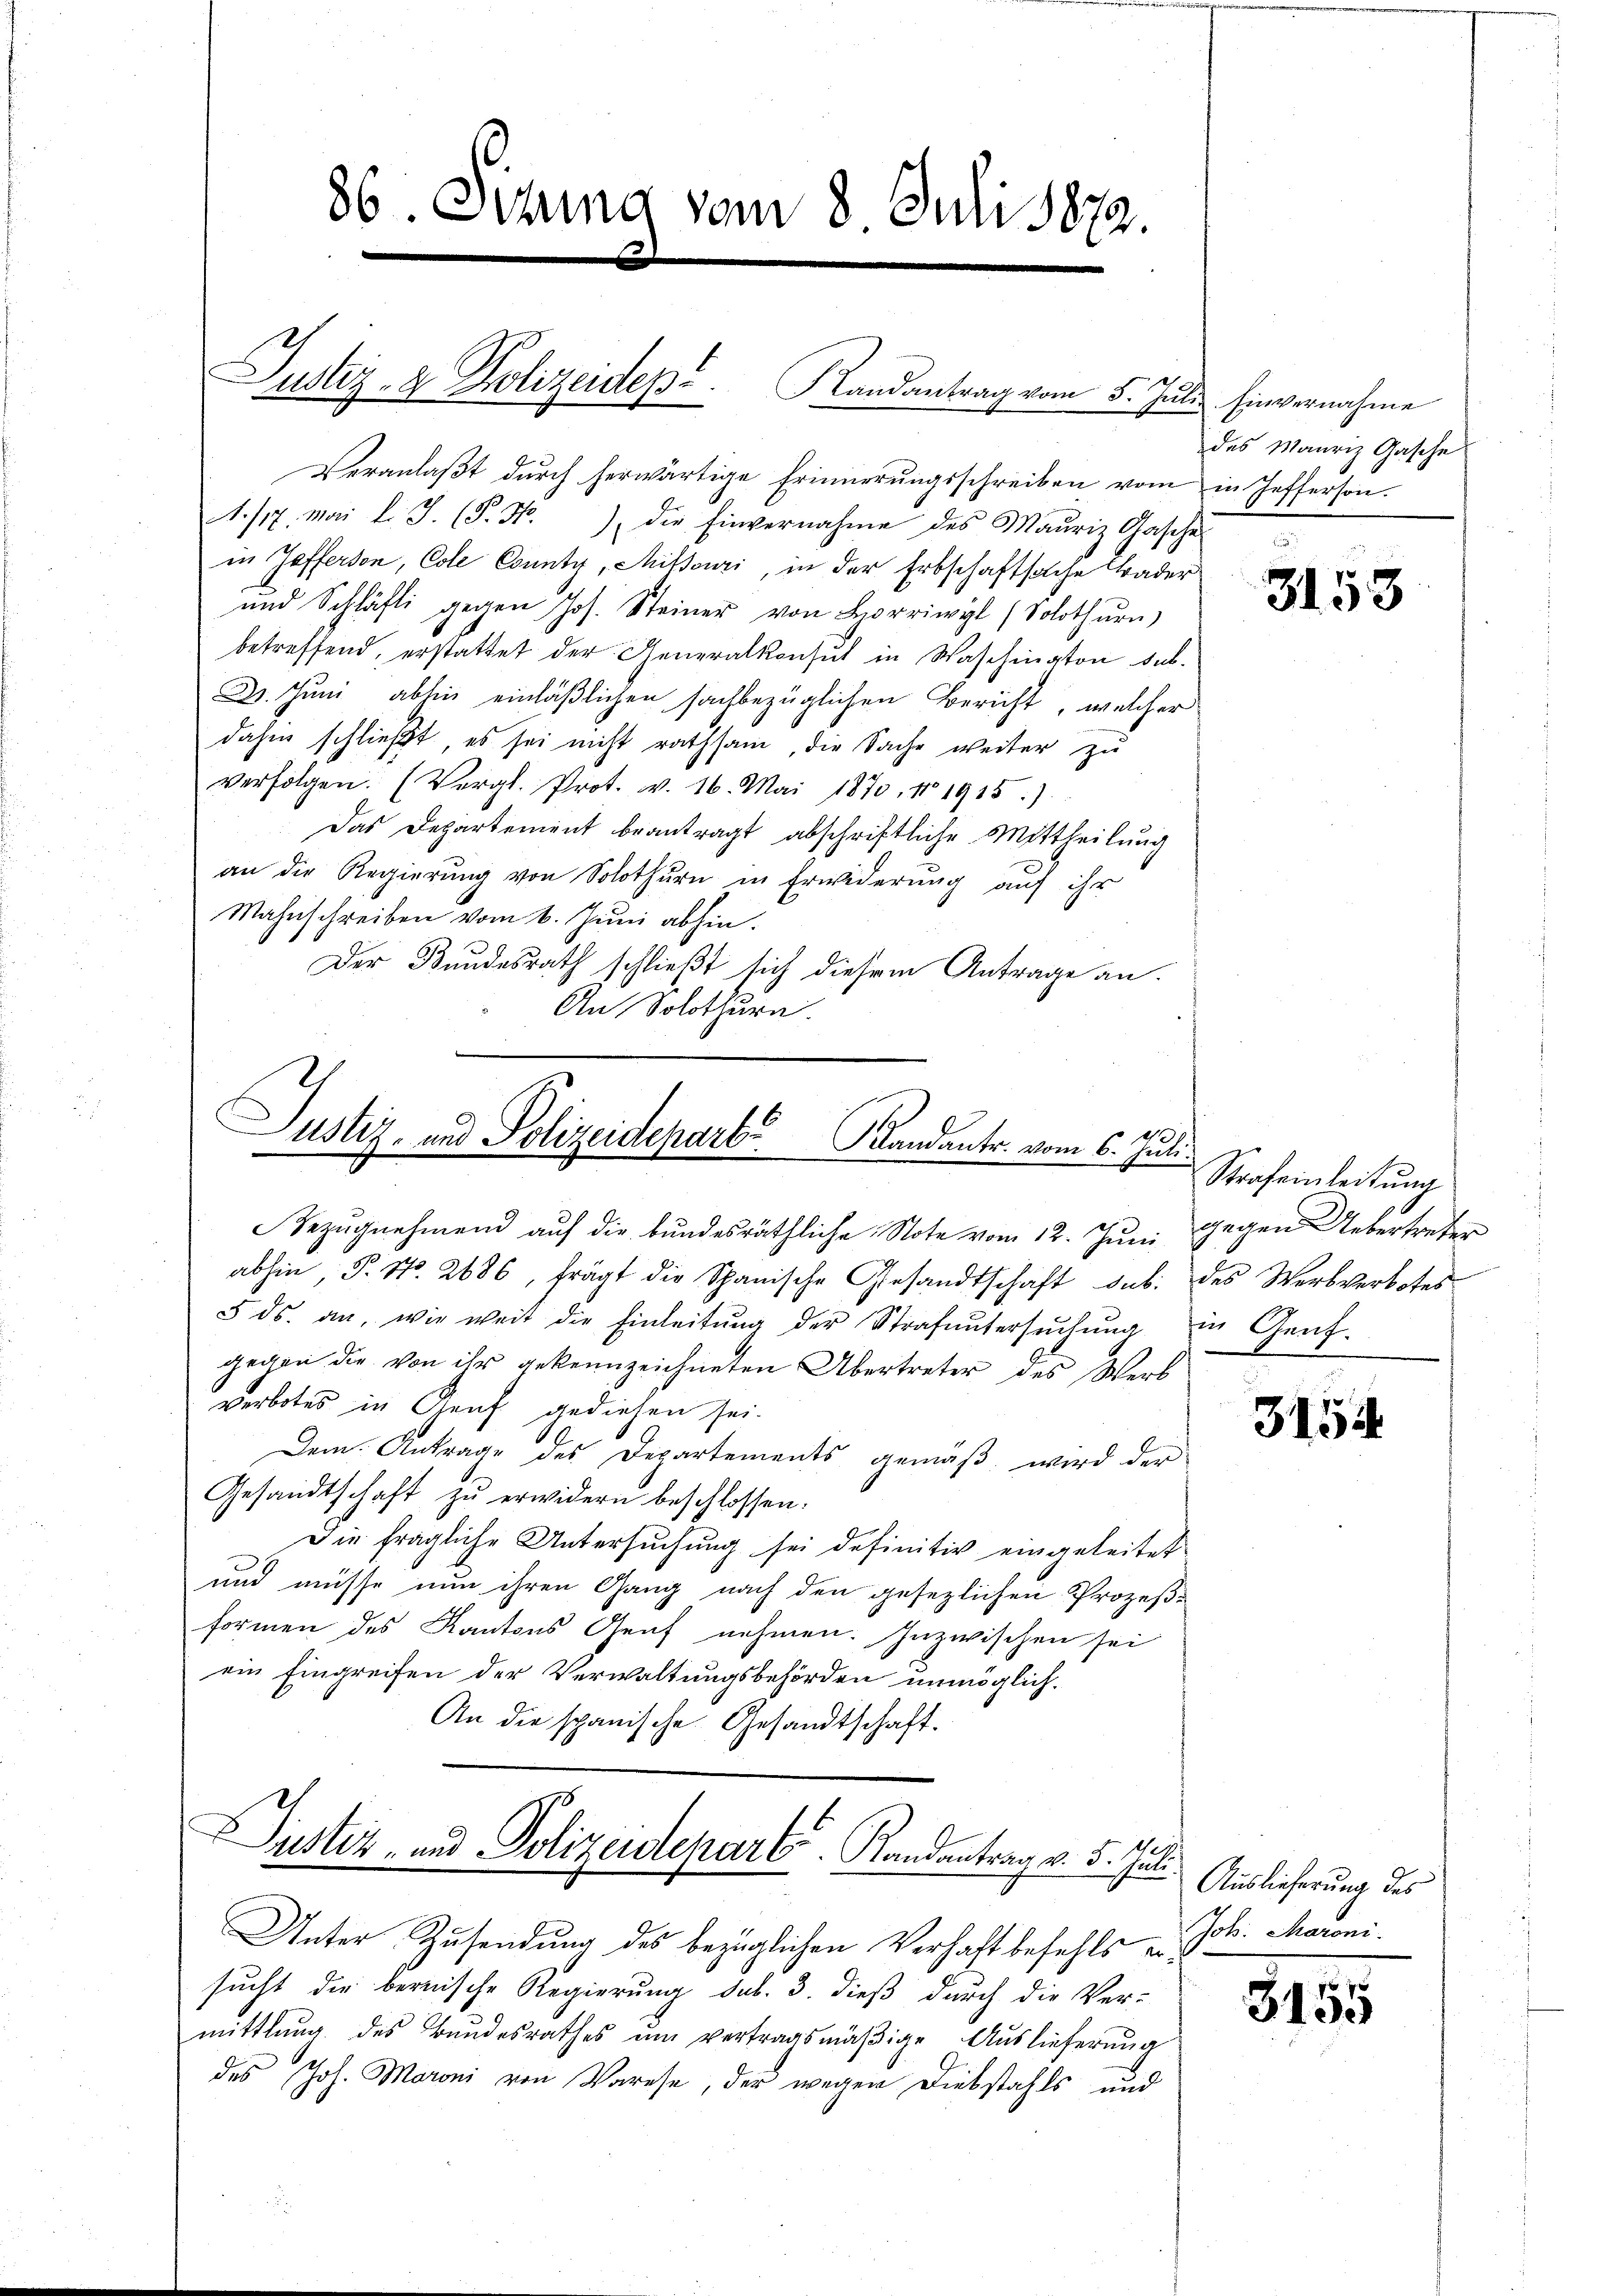
Justiz- & Polizeidep. Randantrag vom 5. Jŭli Einvernahme

86. Sizung vom 8. Juli 1872.

Veranlaßt durch herwärtige Erinnerungsschreiben vom in Jefferson.
1./17. Mai l. J. (T. 4.) die Einvernahme des Mauriz Gasche
in Jefferson, Cole County, Mitsouri, in der Erbschaft solche Bader
und Schläfti gegen Jos. Steiner von Lorrwyl (Solothŭrn)
betreffend, erstattet der Generalkonsul in Waschington sub.
2. Juni abhin einläßlichen sachbezüglichen Bericht, welcher
dahin schließt, es sei nicht rathsam, die Sache weiter zu
verfolgen. (Vergl. Prot. v. 16. Mai 1870, 18 1915.)
Das Departement beantragt abschriftliche Mittheilung
an die Regierung von Solothurn in Erwiderung auf ihr
Mahnschreiben vom 6. Juni abhin.
Der Bundesrath schließt sich diesem Antrage an.
An Solothurn.

Justiz- und Polizeidepart. Bandantr. vom 6. Juli.

Bezŭgnehmend aŭf die bundesräthliche Note vom 12. Juni gegen Uebertreter

abhin P. Nr. 2686, frägt die Schanische Gesandtschaft sub.
5 ds. an, wie weit die Einleitung der Strafuntersuchung
gegen die von ihr gekennzeichneten Übertreter des Werb
verbotes in Graf gediesen sei.
Dem Antrage des Departements gemäβ wird der
Gesandtschaft zu erwidern beschlossen.
Die fragliche Untersuchung sei definitiv eingeleitet
und müsse nun ihren Gang nach den gesezlichen Prozeß-
formen des Kantons Graf nehmen. Inzwischen sei
ein Eingreifen der Verwaltungsbehörden unmöglich,
An die spanische Gesandtschaft.
Justiz- und Polizeidepart. Randantrag v. 5. Juli
Unter Zusendung des bezüglichen Verhaft befehls e
sucht die bernische Regierung sub. 3. dieß durch die Ver-
mittlung des Bundesrathes um vertragsmäβige Auslieferung
des Joh. Maroni von Varese, der wegen Diebstahls und

des Mauriz Gasche

3153

Strafeinleitung
des Werbverbotes
in Gent.

3154

Auslieferung des
Joh. Maroni.

3155